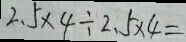
2 . 5 \times 4 \div 2 . 5 \times 4 =